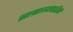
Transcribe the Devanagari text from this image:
साम्राज्यवाढीने